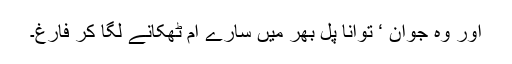
اور وہ جوان ‘ توانا پل بھر میں سارے آم ٹھکانے لگا کر فارغ۔